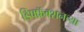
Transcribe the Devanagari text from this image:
डिफ्फ्रॅक्शनच्या